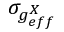
\sigma _ { g _ { e f f } ^ { X } }